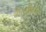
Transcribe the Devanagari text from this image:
वी०डी०ए०